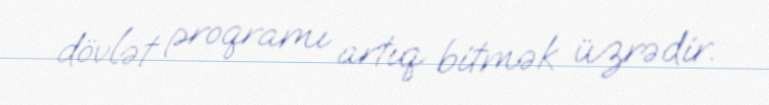
dövlət proqramı artıq bitmək üzrədir.